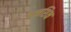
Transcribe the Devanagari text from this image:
ऊच्चशिक्ष